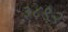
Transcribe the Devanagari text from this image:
३८९२